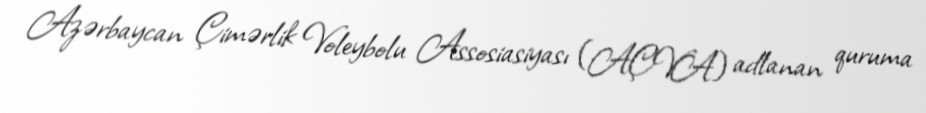
Azərbaycan Çimərlik Voleybolu Assosiasiyası (AÇVA) adlanan quruma